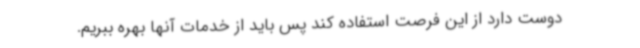
دوست دارد از این فرصت استفاده کند پس باید از خدمات آنها بهره ببریم.